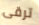
ترقى